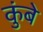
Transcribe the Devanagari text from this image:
कुंबे